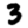
Digit: 3